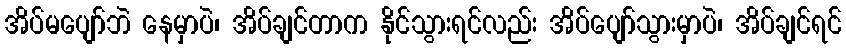
အိပ်မပျော်ဘဲ နေမှာပဲ၊ အိပ်ချင်တာက နိုင်သွားရင်လည်း အိပ်ပျော်သွားမှာပဲ၊ အိပ်ချင်ရင်